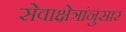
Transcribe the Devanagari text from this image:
सेवाक्षेत्रांनुसार